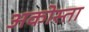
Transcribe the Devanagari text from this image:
अकोस्ता